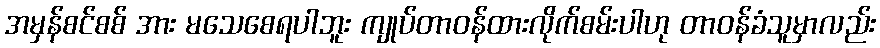
အမှန်စင်စစ် အား မသေစေရပါဘူး ကျုပ်တာဝန်ထားလိုက်စမ်းပါဟု တာဝန်ခံသူမှာလည်း